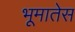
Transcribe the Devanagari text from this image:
भूमातेस